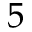
5